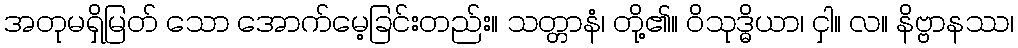
အတုမရှိမြတ် သော အောက်မေ့ခြင်းတည်း။ သတ္တာနံ၊ တို့၏။ ဝိသုဒ္ဓိယာ၊ ငှါ။ လ။ နိဗ္ဗာနဿ၊